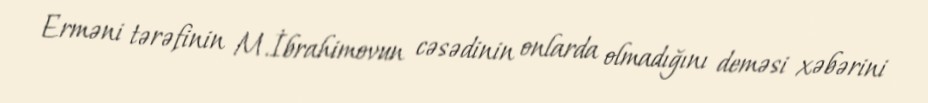
Erməni tərəfinin M.İbrahimovun cəsədinin onlarda olmadığını deməsi xəbərini